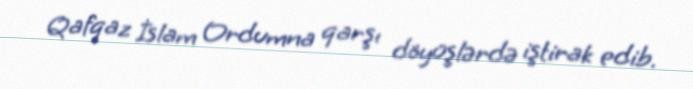
Qafqaz İslam Ordumna qarşı döyüşlərdə iştirak edib.